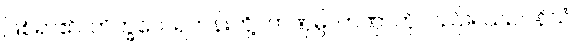
ဖြစ်ရာ၏။ ဘိက္ခဝေ၊ ရဟန်းတို့။ တဏှမ္ပိ၊ တဏှာကိုလည်း။ သဥပနိသံ၊